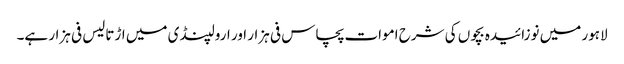
لاہور میں نوزائیدہ بچوں کی شرح اموات پچاس فی ہزار اور ارولپنڈی میں اڑتالیس فی ہزار ہے۔